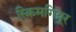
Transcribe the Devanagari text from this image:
स्क्रिमगियूर